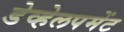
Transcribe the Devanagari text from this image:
डेव्हेलपमेंट